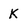
Character: K